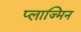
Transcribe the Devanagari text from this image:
प्लाज्मिन